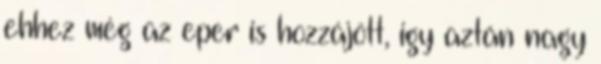
ehhez még az eper is hozzájött, igy aztán nagy